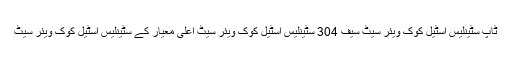
ٹاپ سٹینلیس اسٹیل کوک ویئر سیٹ سیف 304 سٹینلیس اسٹیل کوک ویئر سیٹ اعلی معیار کے سٹینلیس اسٹیل کوک ویئر سیٹ